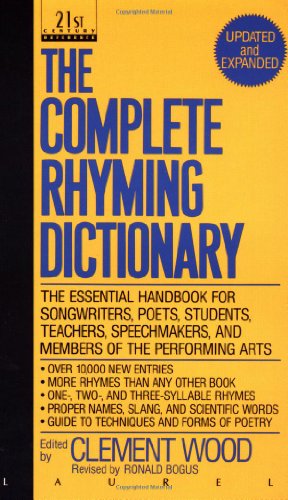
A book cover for The Complete Rhyming Dictionary: Including The Poet's Craft Book; Reference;